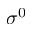
\sigma ^ { 0 }